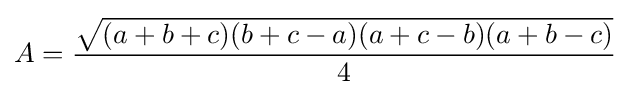
A={\frac {\sqrt {(a+b+c)(b+c-a)(a+c-b)(a+b-c)}}{4}}